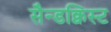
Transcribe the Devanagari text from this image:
सैन्डक्विस्ट